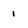
Character: 1